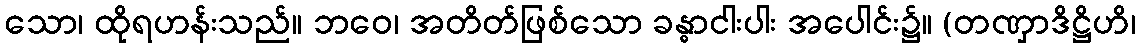
သော၊ ထိုရဟန်းသည်။ ဘဝေ၊ အတိတ်ဖြစ်သော ခန္ဓာငါးပါး အပေါင်း၌။ (တဏှာဒိဋ္ဌိဟိ၊